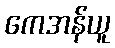
ကေအန်ယူ